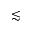
\lesssim